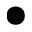
\bullet